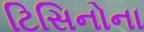
ટિસિનોના